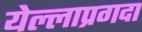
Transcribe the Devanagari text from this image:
येल्लाप्रगदा